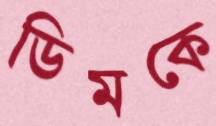
ডিমকে